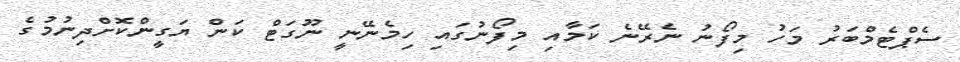
ސެޕްޓެމްބަރު މަހު މިފޯނު ނެރޭނެ ކަމާއި މިފޯނުގައި ހިމެނޭނީ ނޫގަޓް ކަން ޔަގީންކޮށްދިނުމުގެ